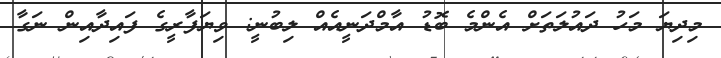
މިދިޔަ މަހު ދައުލަތަށް އެންމެ ބޮޑު އާމްދަނީއެއް ލިބުނީ: ވިޔަފާރީގެ ފައިދާއިން ނަގާ